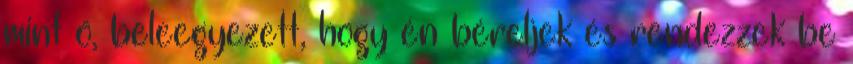
mint ő, beleegyezett, hogy én béreljek és rendezzek be